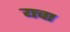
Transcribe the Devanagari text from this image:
यचा